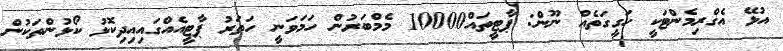
އުޅޭ އެގްރިމެންޓަކީ ހަގީގަތެއް ނޫން: ޕާޓީތައް10000 މެމްބަރުން ހަމަވަނީ ހަތަރު ޕާޓީއެއްގައިއިދިކޮޅު ކޯޅުންތަކުން